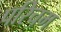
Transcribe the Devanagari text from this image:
परिचम